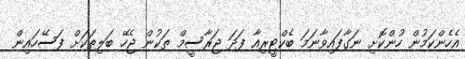
އެހެންކަމުން ހުންކޮށި ނަގާފައިވާނަމަ ބެކްޓީރިއާ ފަދަ ޖަރާސީމް ތަކުން ޖެހޭ ބަލިތަކަށް ފަސޭހައިން